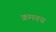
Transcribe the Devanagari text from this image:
क्रमवय